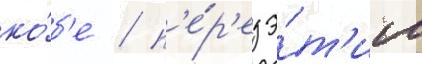
ко́б'е / п'е́р'ед э́т'им